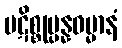
ပဋိစ္စုပ္ပန္နဓမ္မာနံ